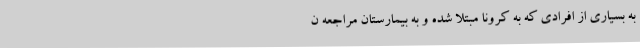
به بسیاری از افرادی که به کرونا مبتلا شده و به بیمارستان مراجعه ن